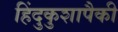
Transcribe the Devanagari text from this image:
हिंदुकुशापैकी